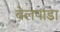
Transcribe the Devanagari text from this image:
बेलपाडा